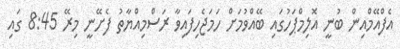
އެފްއޭމްއިން ބުނީ އޮލިމްޕަހުގައި ބޭއްވުމަށް ހަމަޖެހިފައިވާ ރަސްމިއްޔާތު ފެށޭނީ މިރޭ 8:45 ގައި